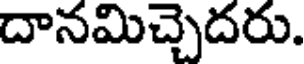
దానమిచ్చెదరు.